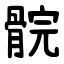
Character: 䯘